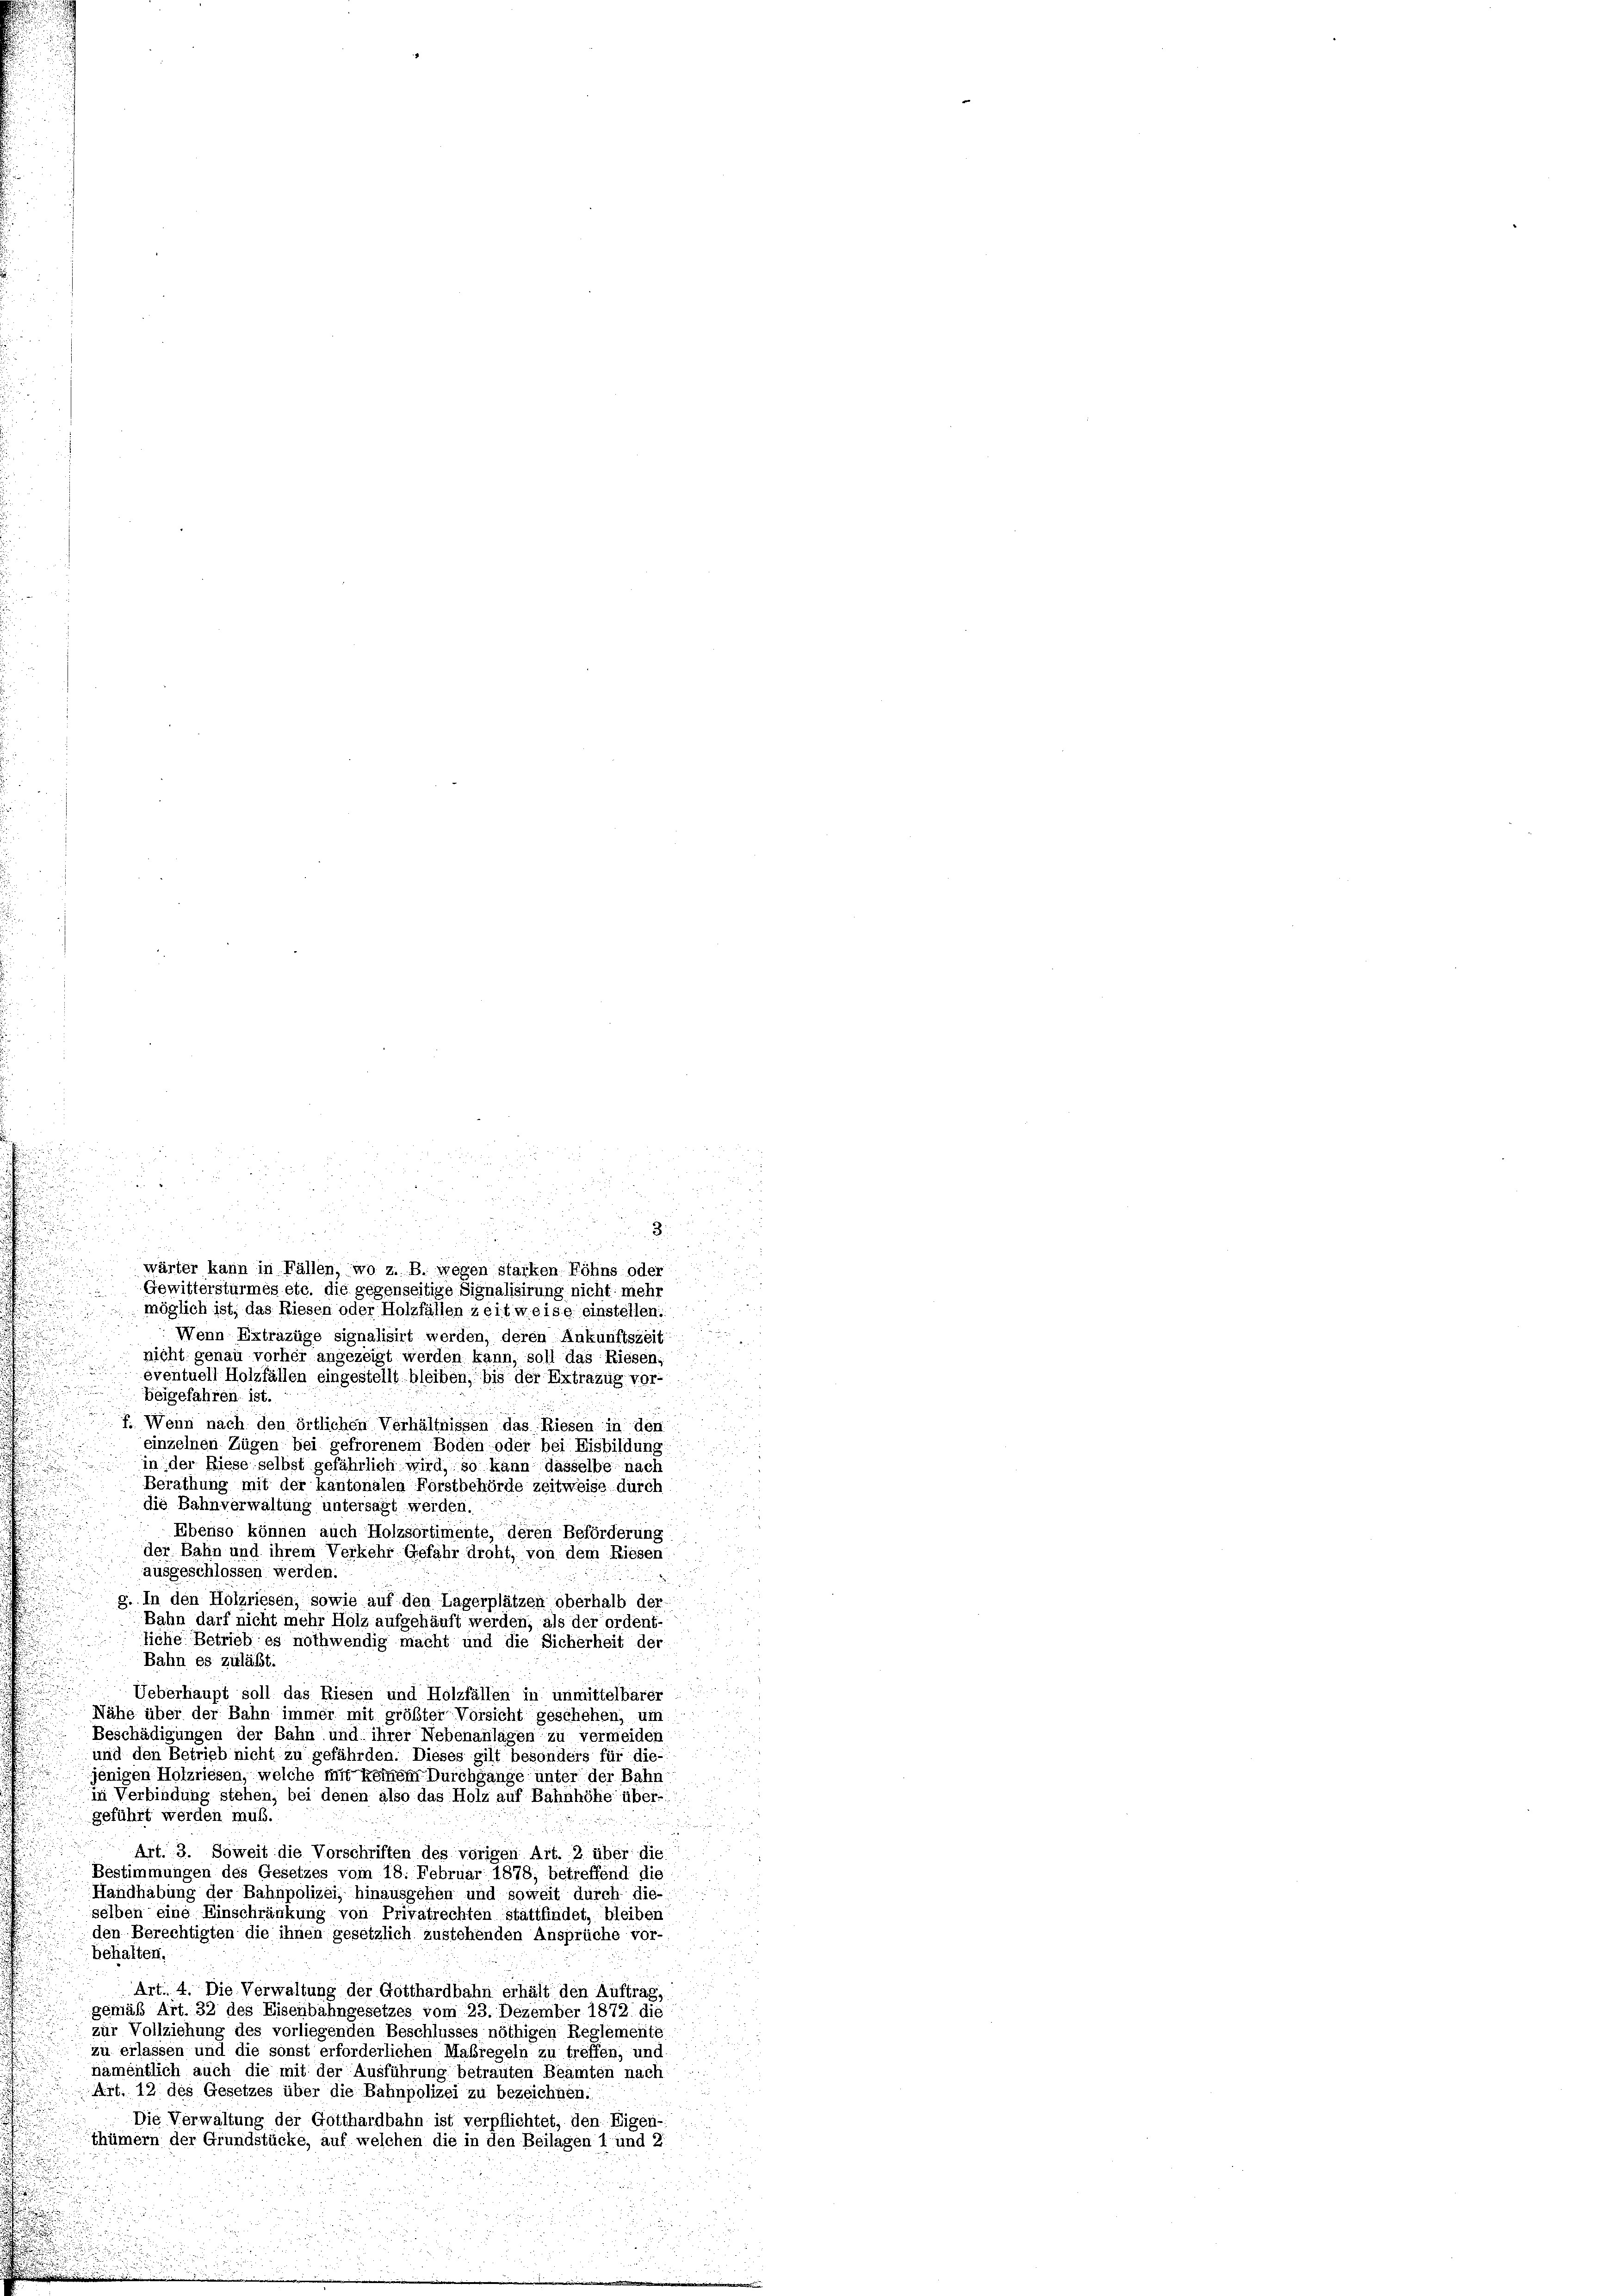
Wenn Extrazüge signalisirt werden, deren Ankunftszeit
nicht genau vorher angezeigt werden kann, soll das Riesen,
eventuell Holzfällen eingestellt bleiben, bis der Extrazug vor-
beigefahren ist.
f. Wenn nach den örtlichen Verhältnissen das Riesen in den
einzelnen Zügen bei gefrorenem Boden oder bei Eisbildung
in der Riese selbst gefährlich wird, so kann dasselbe nach
Berathung mit der kantonalen Forstbehörde zeitweise durch
die Bahnverwaltung untersagt werden.
Ebenso können auch Holzsortimente, deren Beförderung
der Bahn und ihrem Verkehr Gefahr droht, von dem Riesen
ausgeschlossen werden.
g. In den Holzriesen, sowie auf den Lagerplätzen oberhalb der
Bahn darf nicht mehr Holz aufgehäuft werden; als der ordent-
liche Betrieb es nothwendig macht und die Sicherheit der
Bahn es zulässt.
Ueberhaupt soll das Riesen und Holzfällen in unmittelbarer
Nähe über der Bahn immer mit größter Vorsicht geschehen, um
Beschädigungen der Bahn und ihrer Nebenanlagen zu vermeiden
und den Betrieb nicht zu gefährden. Dieses gilt besonders für die-
jenigen Holzriesen, welche mit keinem Durchgange unter der Bahn
in Verbindung stehen, bei denen also das Holz auf Bahnhöhe über-
geführt werden muß.
Art. 3. Soweit die Vorschriften des vorigen Art. 2 über die
Bestimmungen des Gesetzes vom 18. Februar 1878, betreffend die
Handhabung der Bahnpolizei; hinausgehen und soweit durch die-
selben eine Einschränkung von Privatrechten stattfindet, bleiben
den Berechtigten die ihnen gesetzlich zustehenden Ansprüche vor-
behalten.
Art. 4. Die Verwaltung der Gotthardbahn erhält den Auftrag,
gemäß Art. 32 des Eisenbahngesetzes vom 23. Dezember 1872 die
zur Vollziehung des vorliegenden Beschlusses nöthigen Reglemente
zu erlassen und die sonst erforderlichen Maßregeln zu treffen, und
namentlich auch die mit der Ausführung betrauten Beamten nach
Art. 12 des Gesetzes über die Bahnpolizei zu bezeichnen.
Die Verwaltung der Gotthardbahn ist verpflichtet, den Eigen-
thümern der Grundstücke, auf welchen die in den Beilagen 1 und 2

n
 u
.
wärter kann in Fällen, wo z. B. wegen starken Röhns oder
Gewitterstürmes etc. die gegenseitige Signalisirung nicht mehr
möglich ist; das Riesen oder Holzfällen zeit weise einstellen:

u